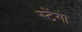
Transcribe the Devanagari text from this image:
स्टेंगो